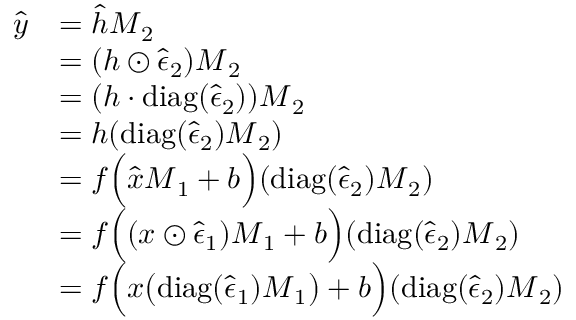
\begin{array} { r l } { \widehat { \boldsymbol { y } } } & { = \widehat { \boldsymbol { h } } \boldsymbol { M } _ { 2 } } \\ & { = ( \boldsymbol { h } \odot \widehat { \boldsymbol { \epsilon } } _ { 2 } ) \boldsymbol { M } _ { 2 } } \\ & { = ( \boldsymbol { h } \cdot \mathrm { d i a g } ( \widehat { \boldsymbol { \epsilon } } _ { 2 } ) ) \boldsymbol { M } _ { 2 } } \\ & { = \boldsymbol { h } ( \mathrm { d i a g } ( \widehat { \boldsymbol { \epsilon } } _ { 2 } ) \boldsymbol { M } _ { 2 } ) } \\ & { = f \Big ( \widehat { \boldsymbol { x } } \boldsymbol { M } _ { 1 } + \boldsymbol { b } \Big ) ( \mathrm { d i a g } ( \widehat { \boldsymbol { \epsilon } } _ { 2 } ) \boldsymbol { M } _ { 2 } ) } \\ & { = f \Big ( ( \boldsymbol { x } \odot \widehat { \boldsymbol { \epsilon } } _ { 1 } ) \boldsymbol { M } _ { 1 } + \boldsymbol { b } \Big ) ( \mathrm { d i a g } ( \widehat { \boldsymbol { \epsilon } } _ { 2 } ) \boldsymbol { M } _ { 2 } ) } \\ & { = f \Big ( \boldsymbol { x } \big ( \mathrm { d i a g } ( \widehat { \boldsymbol { \epsilon } } _ { 1 } ) \boldsymbol { M } _ { 1 } \big ) + \boldsymbol { b } \Big ) ( \mathrm { d i a g } ( \widehat { \boldsymbol { \epsilon } } _ { 2 } ) \boldsymbol { M } _ { 2 } ) } \end{array}